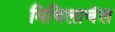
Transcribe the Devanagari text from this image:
मिथिलाचंल